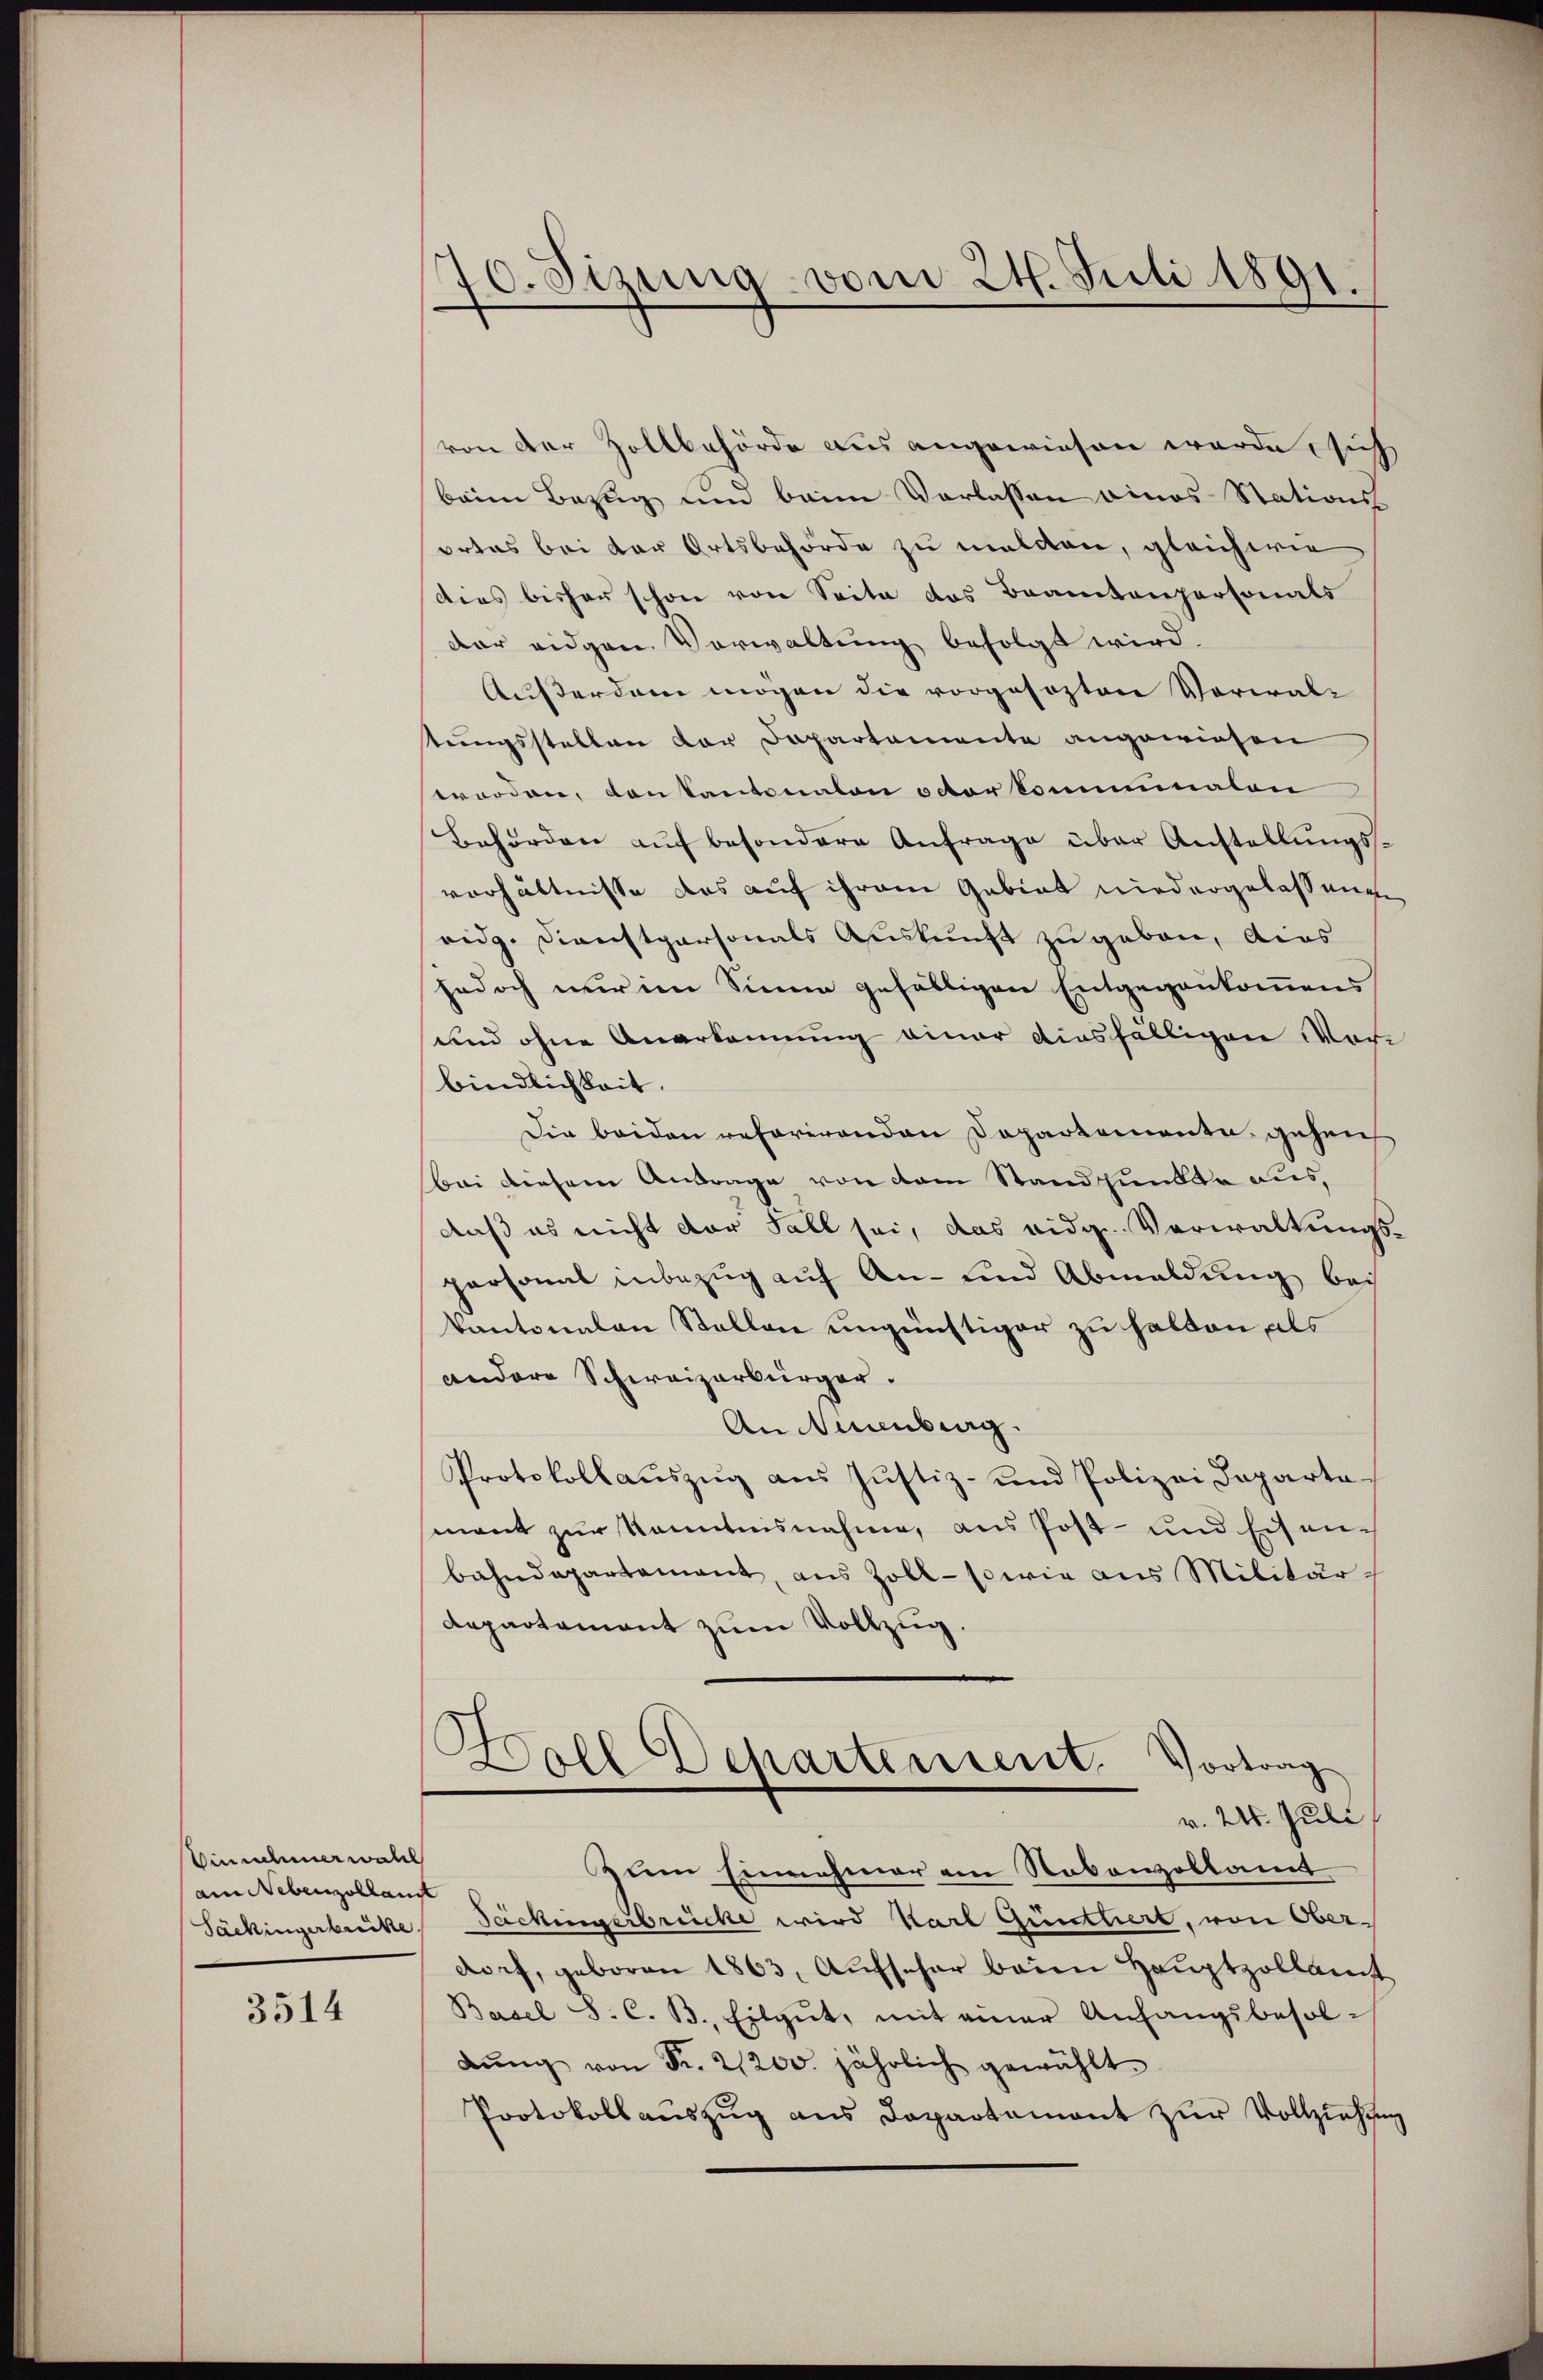
Einschmerwähl
am Nebenzollant

3514

70. Sizung vom 24. Juli 1891.

von der Zollbehörde aus angewiesen werde, sich
beim Bezug und beim Verlassen eines Stationsortas bei der Ortsbehörde zu meldten, gleichwie
dies bisher schon von Seite das Beamtenpersonals
dar eidgen Vorwaltung befolgt wird.
Außerden mögen die vorgesezten Vorwal-
stungsstellen der Departemente angewiesen
worden, von kantonalen octor Communalen
Behörden auf besondere Anfrage über Anstellungsverhältnisse das auf ihrem Gebiet niedergelassenen
eidg. Dienstpersonals Auskunft zu geben, dies
jedoch nur im Sinne gefälligen Entgegenkommens
und ohne Anerkennung einer diesfälligen Vorbindlichkeit.
Die beiden reforirenden Dopartemente, gehen
bei diesem Antrage von vom Stand hunder aus,
daß es nicht der Fall sei, das eidg. Verwaltungsparsammt inbezug auf An- und Abmaldung bei
kantonalen Stellen ungünstiger zu halten, als
andere Schweizerbürger.
An Neuenburg.
Protokollauszug aus Justiz- und Polizei Departa
ment zur Kenntnisnahme, aus Post- und Eisenbahndepartement, aus Zoll- sowie aus Militär¬
Departement zum Vollzug.
Woll Dehartement. Vortrag
v. 24. Juli
Zum Einnahmer an Nebenzollamt
Sackingerbüche Sackingerbrücke wird Karl Quittiert, von Oberdorf, geboren 1863, Aufscher beim Hauptzollamt
Basel S. C. B. Eilgut, mit einer Anfangsbesolbŭng von Fr. 2200. jährlich gewählt
Protokollauszug aus Departemont zur Vollziehung